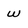
Character: w